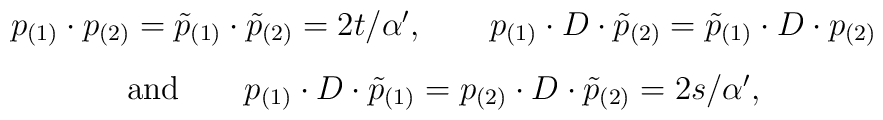
\begin{array}{c}p_{(1)}\cdot p_{(2)} = \tilde{p}_{(1)}\cdot \tilde{p}_{(2)} = 2t/\alpha', \qquad p_{(1)}\cdot D\cdot \tilde{p}_{(2)} = \tilde{p}_{(1)}\cdot D \cdot p_{(2)}  \\[3mm]\mbox{and} \qquad p_{(1)}\cdot  D\cdot\tilde{p}_{(1)}=p_{(2)}\cdot  D \cdot\tilde{p}_{(2)}=2s/\alpha',\end{array}